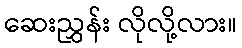
ဆေးညွှန်း လိုလို့လား။